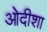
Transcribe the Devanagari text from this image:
ओदीशा